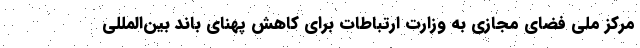
مرکز ملی فضای مجازی به وزارت ارتباطات برای کاهش پهنای باند بین‌المللی